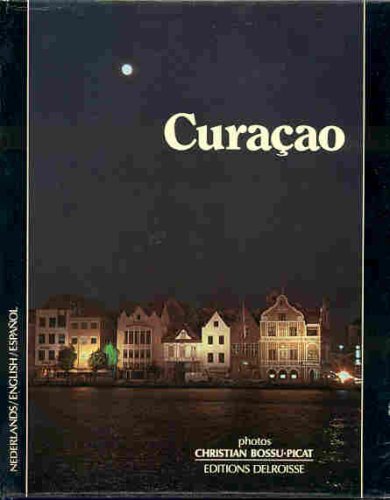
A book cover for Curacao Editions Delroisse; Curacao Tourist Bureau; Travel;